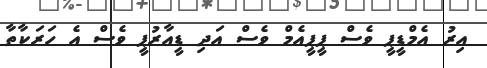
އިރު އެމްޑީޕީ ވެސް ޕީޕީއެމް ވެސް އަދި ޑީއާރުޕީ ވެސް އެ ހަރަކާތާ